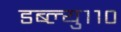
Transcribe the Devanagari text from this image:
डब्ल्यु११०